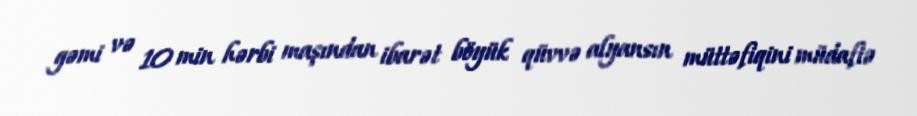
gəmi və 10 min hərbi maşından ibarət böyük qüvvə alyansın müttəfiqini müdafiə